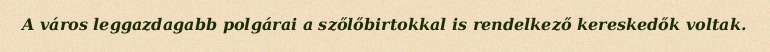
A város leggazdagabb polgárai a szőlőbirtokkal is rendelkező kereskedők voltak.